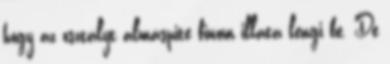
hogy az osztályt almáspite finom illata lengi be. De